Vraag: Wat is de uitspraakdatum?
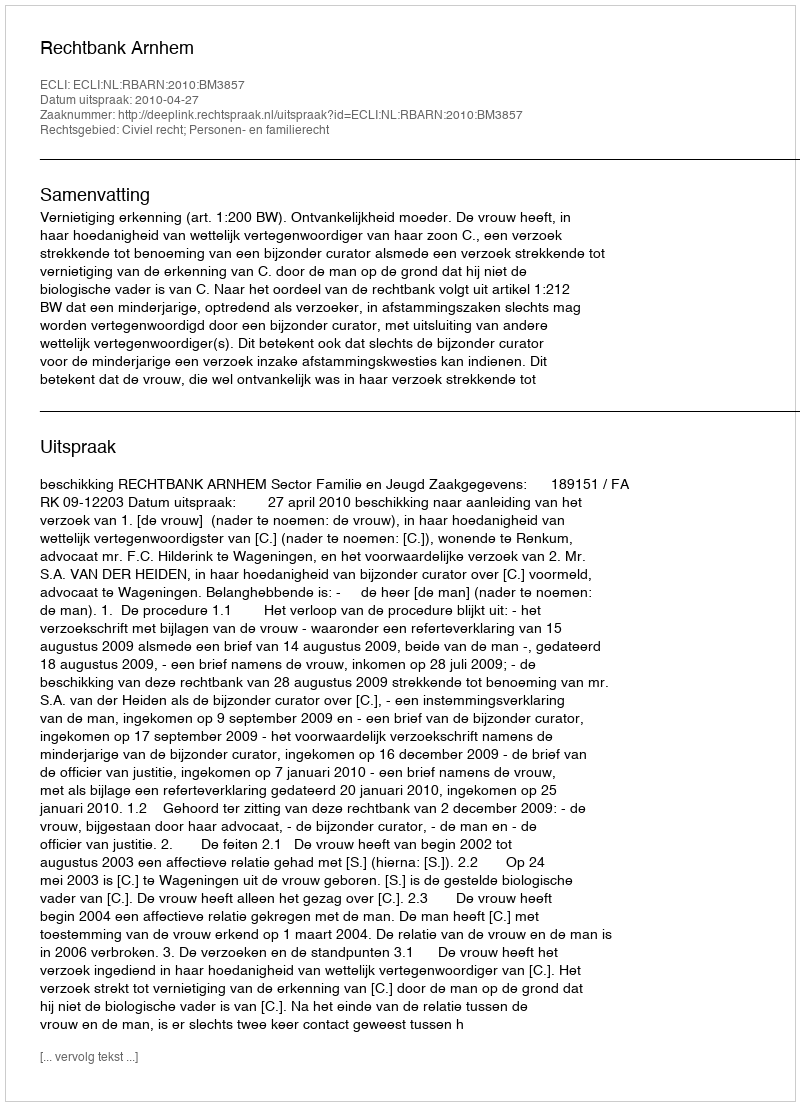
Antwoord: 2010-04-27